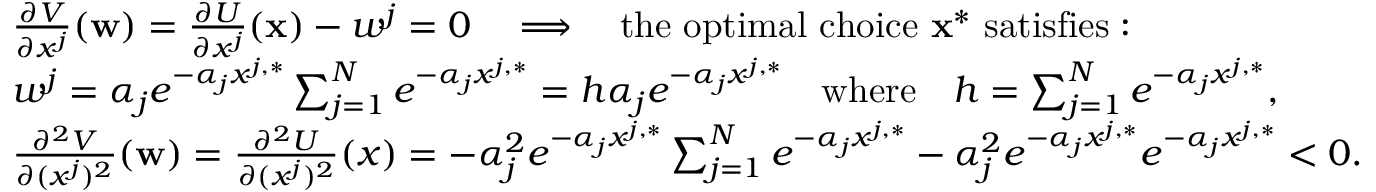
\begin{array} { r l } & { \frac { \partial V } { \partial x ^ { j } } ( \mathbf { w } ) = \frac { \partial U } { \partial x ^ { j } } ( \mathbf { x } ) - w ^ { j } = 0 \quad \Longrightarrow \quad \mathrm { t h e ~ o p t i m a l ~ c h o i c e ~ } \mathbf { x } ^ { * } \mathrm { ~ s a t i s f i e s } : } \\ & { w ^ { j } = \alpha _ { j } e ^ { - \alpha _ { j } x ^ { j , * } } \sum _ { j = 1 } ^ { N } e ^ { - \alpha _ { j } x ^ { j , * } } = h \alpha _ { j } e ^ { - \alpha _ { j } x ^ { j , * } } \quad \mathrm { w h e r e } \quad h = \sum _ { j = 1 } ^ { N } e ^ { - \alpha _ { j } x ^ { j , * } } , } \\ & { \frac { \partial ^ { 2 } V } { \partial ( x ^ { j } ) ^ { 2 } } ( \mathbf { w } ) = \frac { \partial ^ { 2 } U } { \partial ( x ^ { j } ) ^ { 2 } } ( x ) = - \alpha _ { j } ^ { 2 } e ^ { - \alpha _ { j } x ^ { j , * } } \sum _ { j = 1 } ^ { N } e ^ { - \alpha _ { j } x ^ { j , * } } - \alpha _ { j } ^ { 2 } e ^ { - \alpha _ { j } x ^ { j , * } } e ^ { - \alpha _ { j } x ^ { j , * } } < 0 . } \end{array}